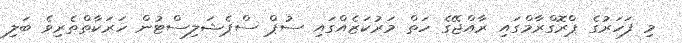
މި ފަހަރުގެ ޕްރޮގްރާމްގައި ރާއްޖޭގެ ހަތް މަރުކަޒެއްގައި ސުޕް ސްޕެޝަލިސްޓުން ހަރަކާތްތެރިވެ ބަލި